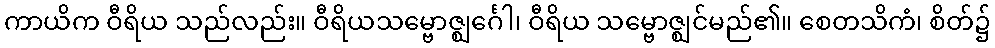
ကာယိက ဝီရိယ သည်လည်း။ ဝီရိယသမ္ဗောဇ္ဈင်္ဂေါ၊ ဝီရိယ သမ္ဗောဇ္ဈင်မည်၏။ စေတသိကံ၊ စိတ်၌